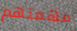
مهمتهم